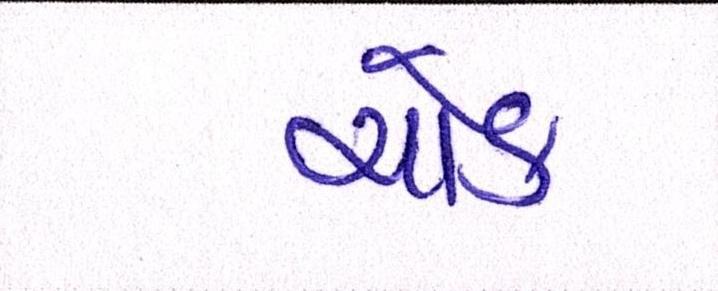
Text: ચોક